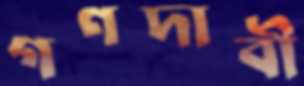
গণদাবী